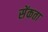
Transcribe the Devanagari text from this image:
सेंकता